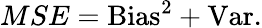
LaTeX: MSE=\mathrm{Bias}^{2}+\mathrm{Var}.